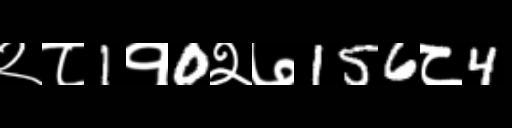
Text: २८1१0२७156८4